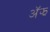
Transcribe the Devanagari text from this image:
अॅझ